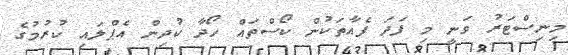
މިނިސްޓަރު ވަނީ މި ފަދަ ފެއާތަކުން ކޯސްތައް ހޯދާ ކުދިން އެޕްލައި ކުރުމުގެ